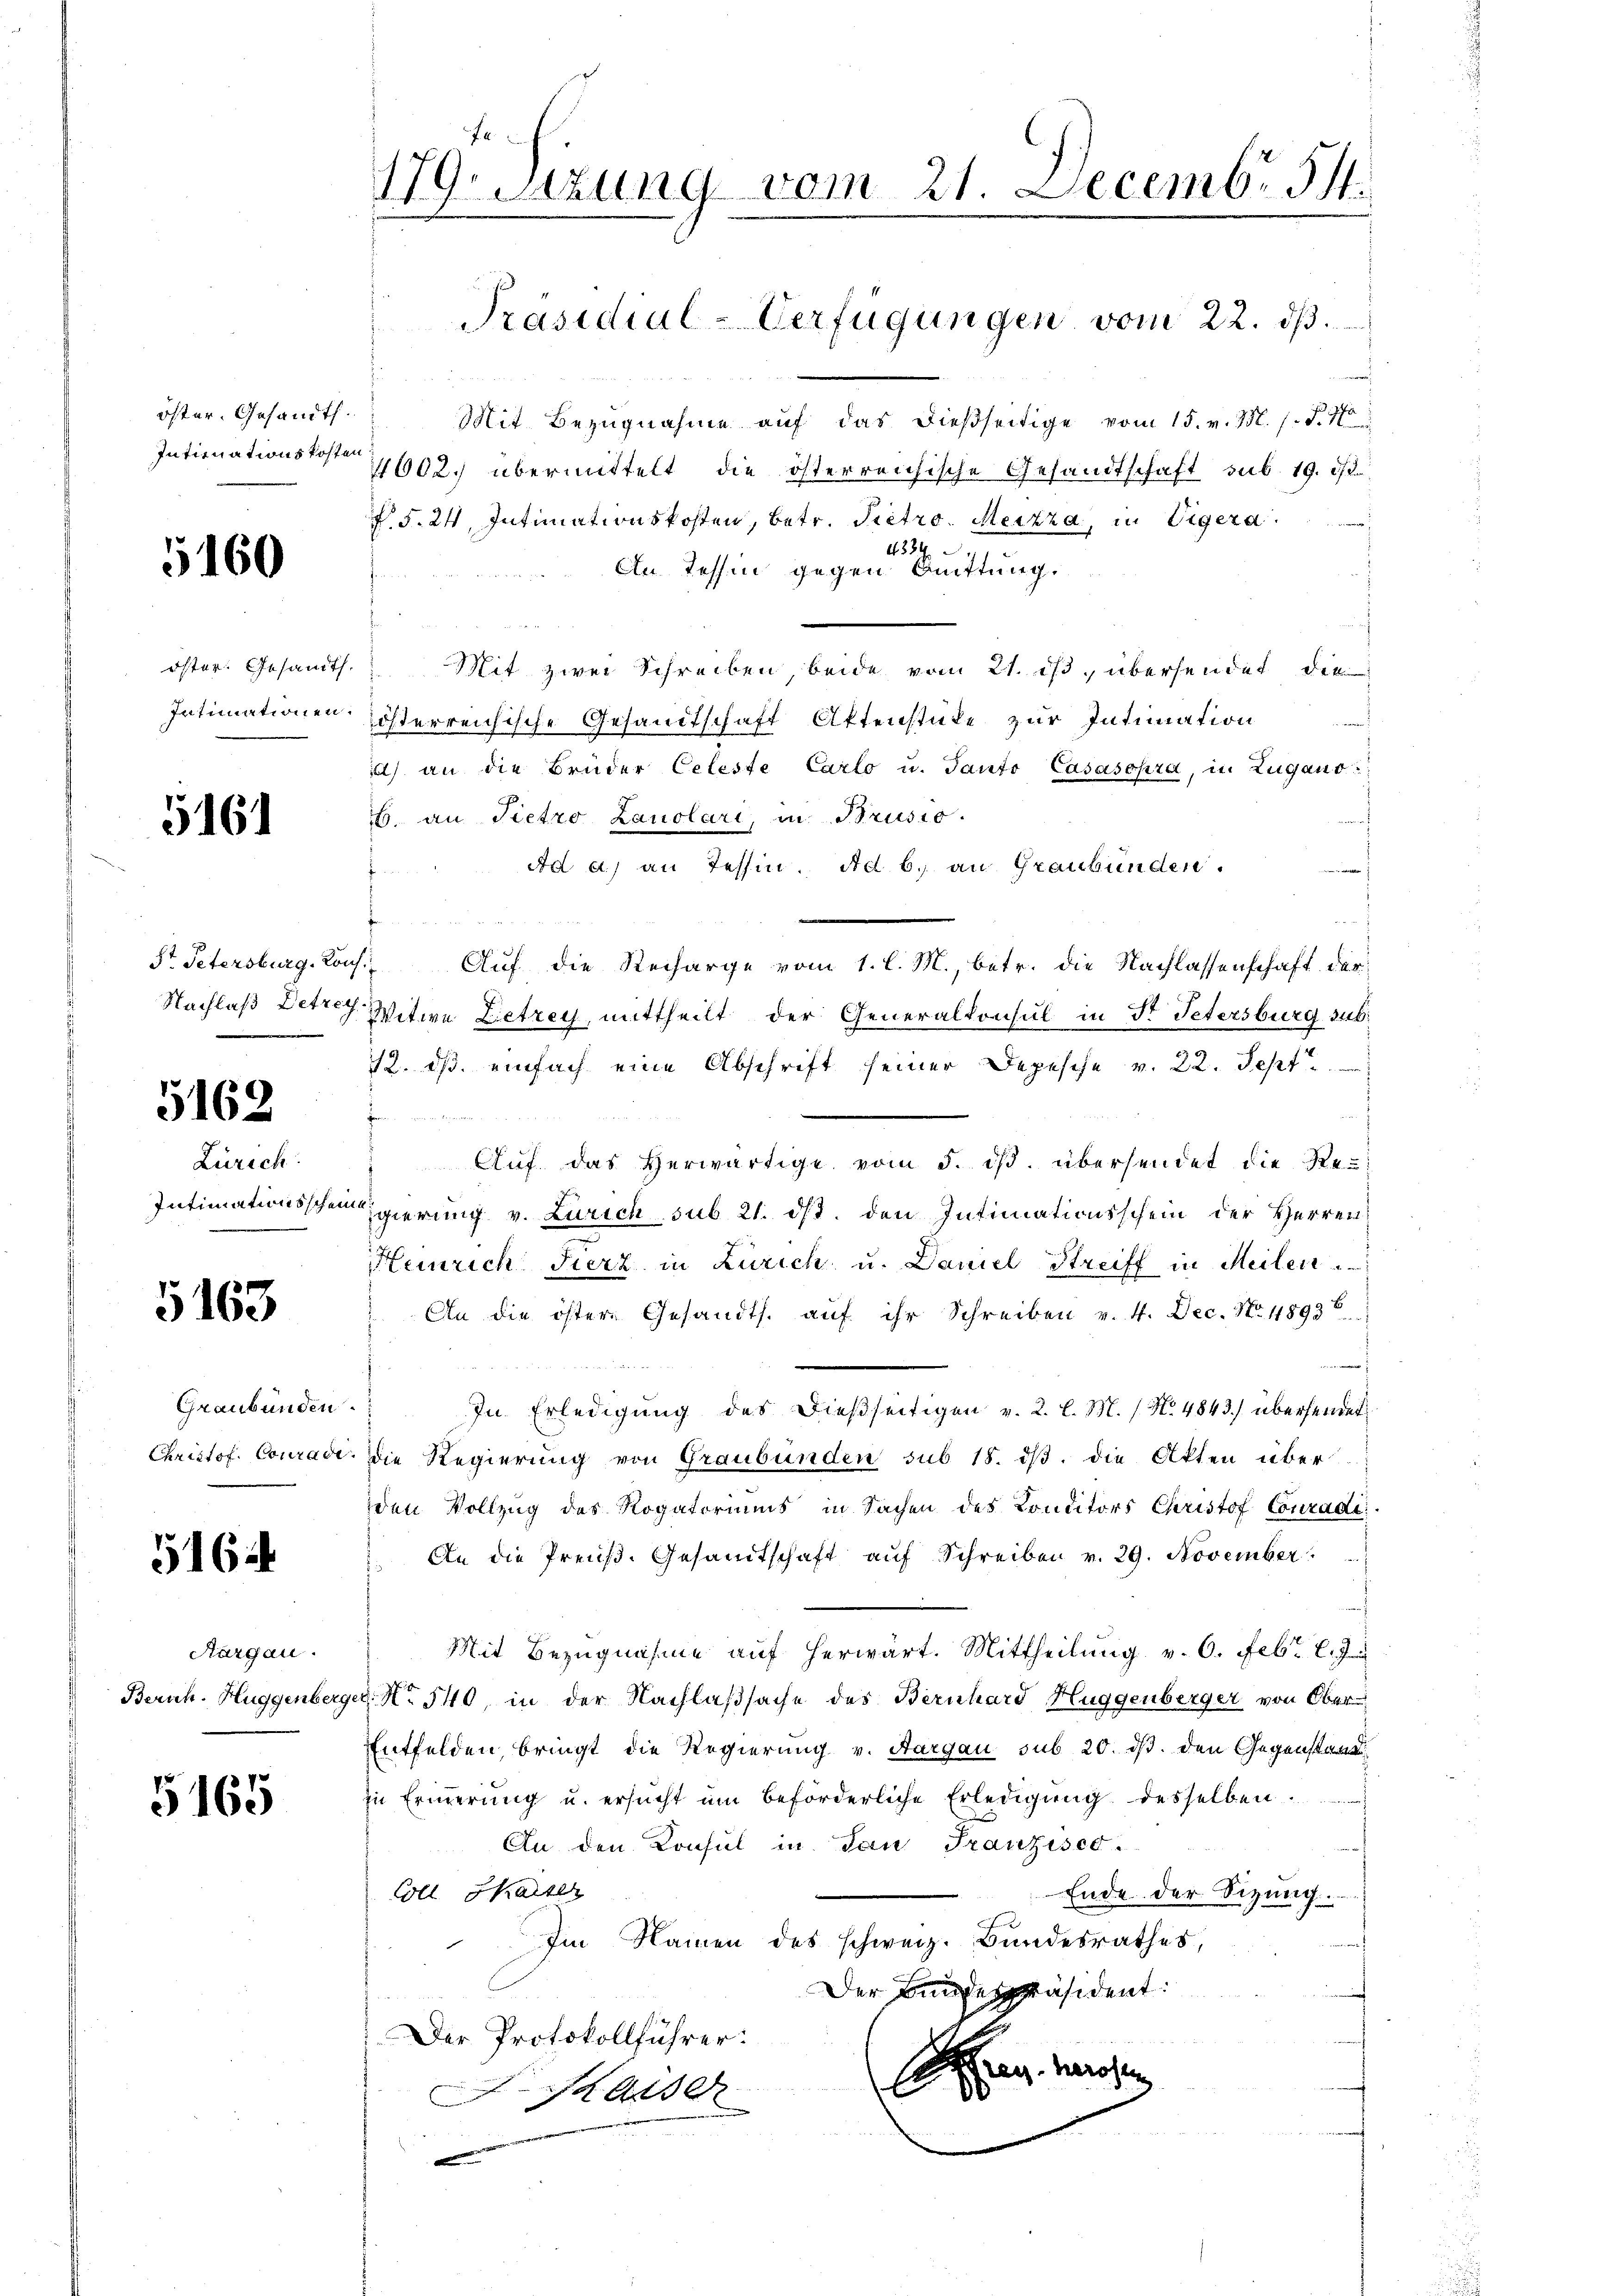
öster. Gesandt.
Intituationskosten

5160

öster. Gesandt.
Intimationen

5161

5162

Zürich
Intimationsschei

5163

Graubünden.
Christof. Conradi

5162

Aargau.
Beruh. Huggenberg

5165

179. Sitzung vom 21. Decembr. 511.
Präsidial-Verfügungen vom 22. dβ.

Mit Bezugnahme auf das dießseitige vom 15. v. M. s. f. 1
4002. übermittelt die österreichische Gesandtschaft sub. 19. ist.
f §. 24. Intimationskosten, betr. Pietro. Merizza, in Viger a.
4384
An Tessin gegen Muttung.
 Mit zwei Schreiben, beide vom 21. ist, übersendet die
österreichische Gesandtschaft Aktenstüke zur Intimation
) an die Brüder Celeste Carlo u. Tanto Casasopra, in Zugano
6. an Pietro Lauolari, in Brusio.
Aa a) an Tessin. Ad b. an Graubünden.
e
f
St Petersburg. Kons. Auf die Recharge vom 1. l. M., betr. die Nachlassenschaft der
Nachlaß Detrey Witwe Letrey, mittheilt der Generalkonsul in St. Petersburg sub.
12. dβ einfach eine Abschrift seiner Depesche v. 22. Sept.
t
 Aŭf das herwärtige vom 5. dβ übersendet die Re-
gierung v. Zürich sub 21. ds. den Intimationsschein der Herren
Heinrich Fierz in Zürich, u. Daniel Streiff in Meilen
An die öster Gesandts. aŭf ihr Schreiben v. 4. Dec. No. 1893
In Erledigŭng des dießseitigen v. 2. l. M. (N. 4843) überseinet
die Regierung von Graubünden sub 15. dß. die Akten über
den Vollzug des Rogatoriums in Sachen des Conditors Christof Conradi
 An die Preŭβ- Gesandtschaft aŭf Schreiben v. 29. November
Mit Bezugnahme auf herwart. Mittheilung v. 6. Febr. l. J
c. No 540, in der Nachlaßsache des Bernhard Huggenberger von Ober¬
Entfelden, bringt die Regierung v. Aargau sub 20. ds. den Gegenstand
in Eriṅerŭng u. ersŭcht ŭm beförderliche Erledigŭng desselben
An den Konsul in San Franzisc¬
Coll Sasser
Ende der Sitzung.
Iin Namen des schweiz. Bundesrathes,
Der Bundespräsident:
Der Protokollführer:
Handeren verschen